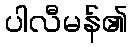
ပါလီမန်၏